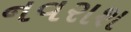
નવરાશ